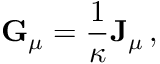
{ \bf G } _ { \mu } = { \frac { 1 } { \kappa } } { \bf J } _ { \mu } \, ,